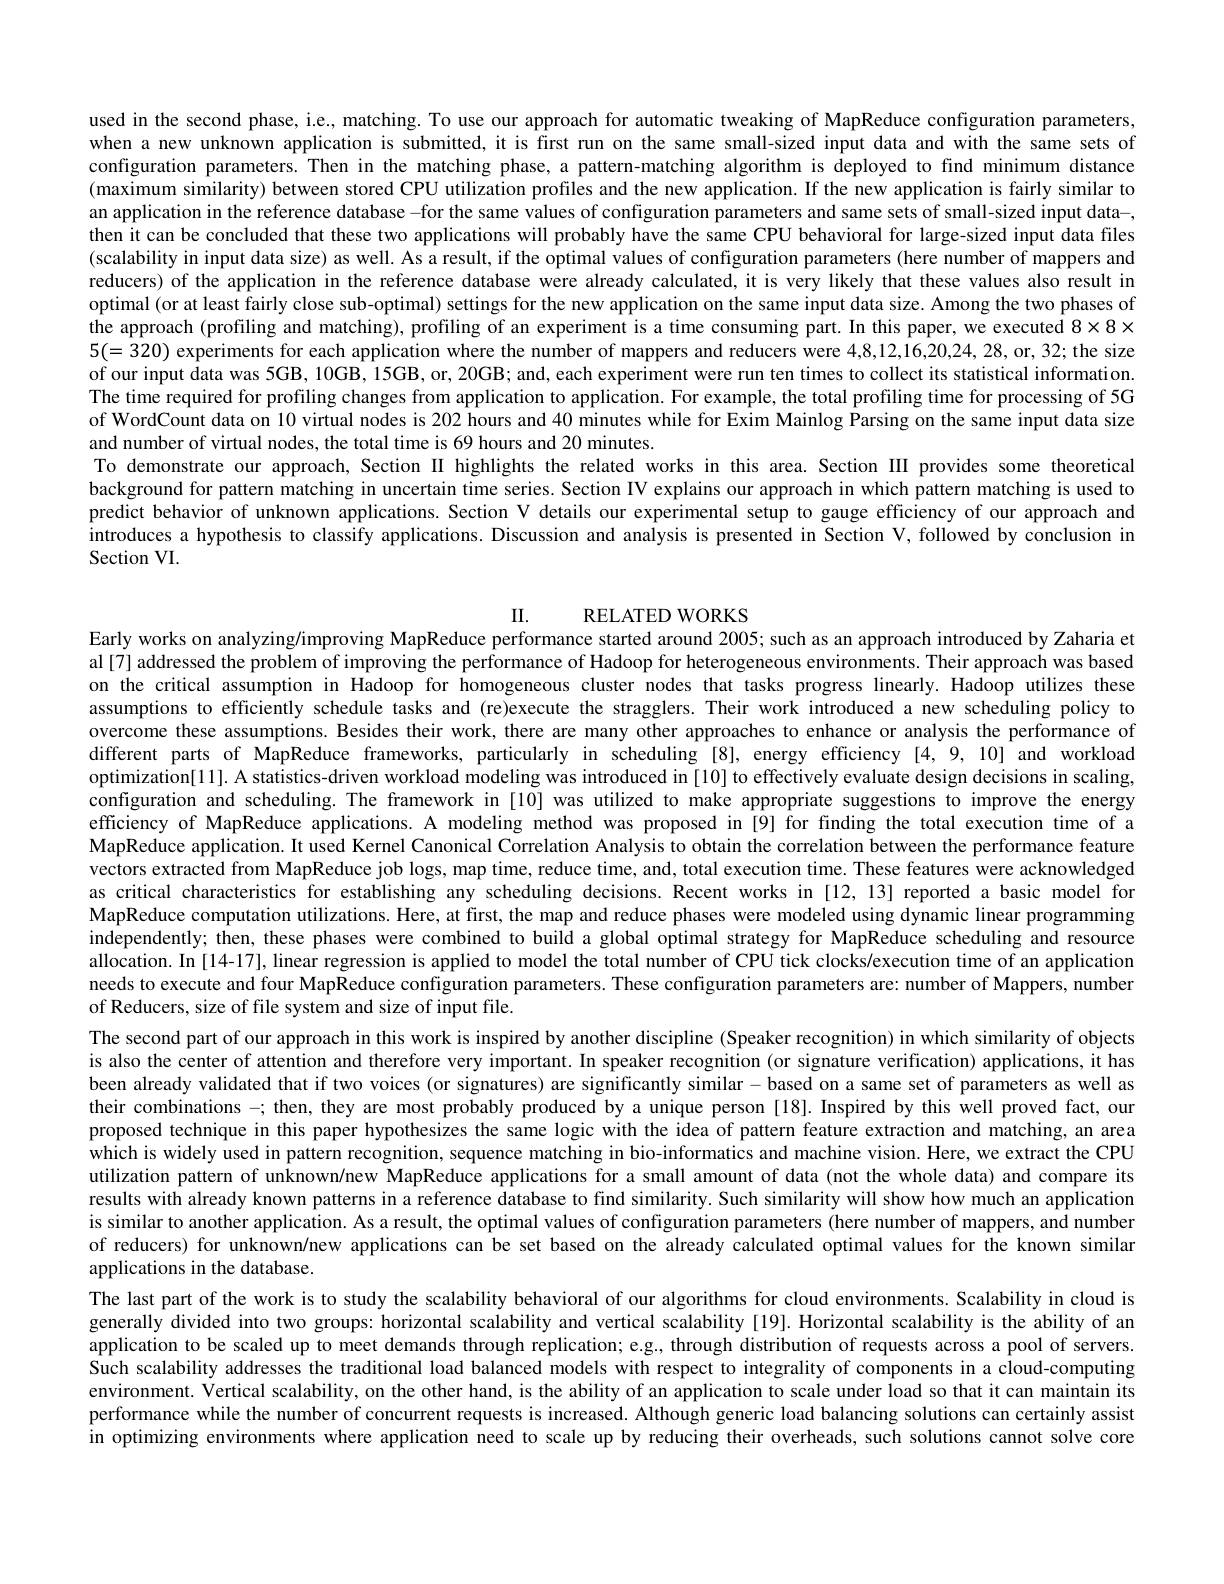
used in the second phase, i.e., matching. To use our approach for automatic tweaking of MapReduce configuration parameters, when a new unknown application is submitted, it is first run on the same small-sized input data and with the same sets of configuration parameters.Then in the matching phase, a pattern-matching algorithm is deployed to find minimum distance (maximum similarity) between stored CPU utilization profiles and the new application. If the new application is fairly similar to an application in the reference database -for the same values of configuration parameters and same sets of small-sized input data-, then it can be concluded that these two applications will probably have the same CPU behavioral for large-sized input data files (scalability in input data size) as well. As a result, if the optimal values of configuration parameters (here number of mappers and reducers) of the application in the reference database were already calculated, it is very likely that these values also result in optimal (or at least fairly close sub-optimal) settings for the new application on the same input data size. Among the two phases of the approach (profiling and matching), profiling of an experiment is a time consuming part. In this paper, we executed $8\times8\times$ 5(=320) experiments for each application where the number of mappers and reducers were 4,8,12,16,20,24,28, 32; the size of our input data was 5GB, 10GB, 15GB, or, 20GB; and, each experiment were run ten times to collect its statistical information. The time required for profiling changes from application to application. For example, the total profiling time for processing of 5G of WordCount data on $\hat{10}$ virtual nodes is 202 hours and $40\hat{\text{minuteswhileforEximMainlogParsingonthesameinput data size}}$ and number of virtual nodes, the total time is 69 hours and 20 minutes.
To demonstrate our approach, Section II highlights the related works in this area. Section III provides some theoretical background for pattern matching in uncertain time series. Section IV explains our approach in which pattern matching is used to predict behavior of unknown applications. Section V details our experimental setup to gauge efficiency of our approach and introduces a hypothesis to classify applications. Discussion and analysis is presented in Section V, followed by conclusion in Section VI.

II. RELATED WORKS
Early works on analyzing$l$improving MapReduce performance started around 2005; such as an approach introduced by Zaharia et

al[7] addressed the problem of improving the performance of Hadoop for heterogeneous environments. Their approach was based on the critical assumption in Hadoop for homogeneous cluster nodes that tasks progress linearly. Hadoop utilizes these assumptions to efficiently schedule tasks and (re)execute the stragglers. Their work introduced a new scheduling policy to overcome these assumptions. Besides their work, there are many other approaches to enhance or analysis the performance of different parts of MapReduce frameworks, particularly in scheduling [8], energy efficiency [4,9,10] and workload optimization[11]. A statistics-driven workload modeling was introduced in [10] to effectively evaluate design decisions in scaling, configuration and scheduling. The framework in [10] was utilized to make appropriate suggestions to improve the energy efficiency of MapReduce applications. A modeling method was proposed in [9] for finding the total execution time of a MapReduce application. It used Kernel Canonical Correlation Analysis to obtain the correlation between the performance feature vectors extracted from MapReduce job logs, map time, reduce time, and, total execution time. These features were acknowledged as critical characteristics for establishing any scheduling decisions. Recent works in [12,13] reported a basic model for MapReduce computation utilizations. Here, at first, the map and reduce phases were modeled using dynamic linear programming independently; then, these phases were combined to build a global optimal strategy for MapReduce scheduling and resource allocation. In [14-17], linear regression is applied to model the total number of CPU tick clocks/execution time of an application needs to execute and four MapReduce configuration parameters. These configuration parameters are: number of Mappers, number of Reducers, size of file system and size of input file.
The second part of our approach in this work is inspired by another discipline (Speaker recognition) in which similarity of objects is also the center of attention and therefore very important. In speaker recognition (or signature verification) applications, it has been already validated that if two voices (or signatures) are significantly similar -based on a same set of parameters as well as their combinations -; then, they are most probably produced by a unique person [18]. Inspired by this well proved fact, our proposed technique in this paper hypothesizes the same logic with the idea of pattern feature extraction and matching, an area which is widely used in pattern recognition, sequence matching in bio-informatics and machine vision. Here, we extract the CPU utilization pattern of unknown/new MapReduce applications for a small amount of data (not the whole data) and compare its results with already known patterns in a reference database to find similarity. Such similarity will show how much an application is similar to another application. As a result, the optimal values of configuration parameters (here number of mappers, and number of reducers) for unknown/new applications can be set based on the already calculated optimal values for the known similar applications in the database.
The last part of the work is to study the scalability behavioral of our algorithms for cloud environments. Scalability in cloud is generally divided into two groups: horizontal scalability and vertical scalability[19]. Horizontal scalability is the ability of an application to be scaled up to meet demands through replication; e.g.. through distribution of requests across a pool of servers. Such scalability addresses the traditional load balanced models with respect to integrality of components in a cloud-computing environment. Vertical scalability, on the other hand, is the ability of an application to scale under load so that it can maintain its performance while the number of concurrent requests is increased. Although generic load balancing solutions can certainly assist in optimizing environments where application need to scale up by reducing their overheads, such solutions cannot solve core